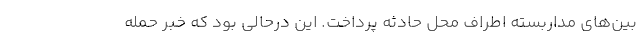
بین‌های مداربسته اطراف محل حادثه پرداخت. این درحالی بود که خبر حمله